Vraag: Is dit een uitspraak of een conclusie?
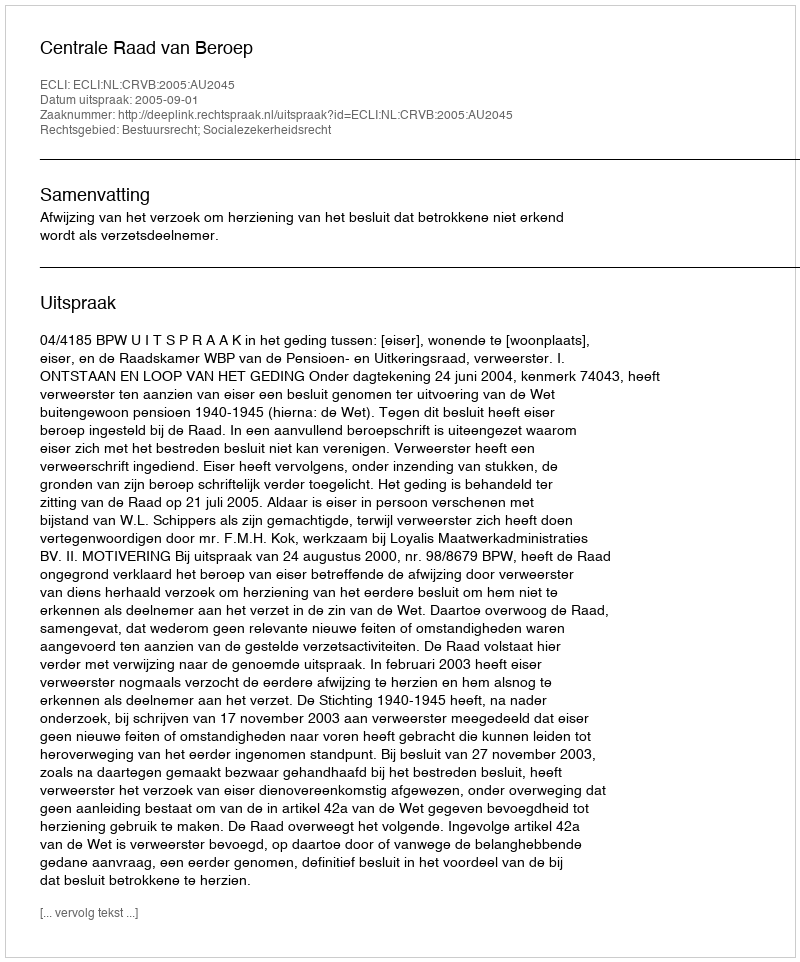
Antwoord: Uitspraak